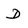
Character: D